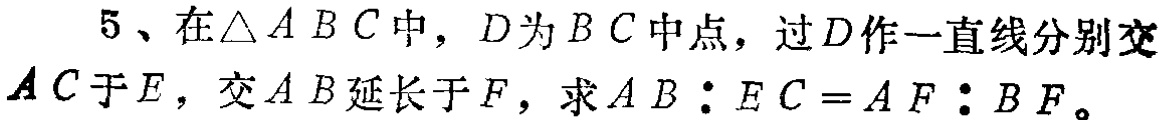
5、在\(\triangle ABC\)中，\(D\)为\(BC\)中点，过\(D\)作一直线分别交\(AC\)于\(E\)，交\(AB\)延长于\(F\)，求\(AB:EC = AF:BF\)。